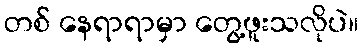
တစ် နေရာရာမှာ တွေ့ဖူးသလိုပဲ။